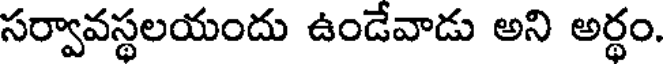
సర్వావస్థలయందు ఉండేవాడు అని అర్థం.